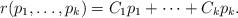
LaTeX: \begin{align*} r(p_1,\ldots,p_k) = C_1 p_1 + \cdots + C_k p_k. \end{align*}